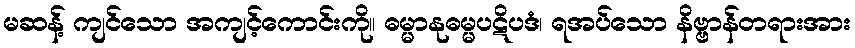
မဆန့် ကျင်သော အကျင့်ကောင်းကို။ ဓမ္မာနုဓမ္မပဋိပဒံ၊ ရအပ်သော နိဗ္ဗာန်တရားအား